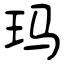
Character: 玛